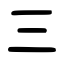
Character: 三